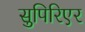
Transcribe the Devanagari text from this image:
सुपिरिएर